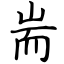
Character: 耑